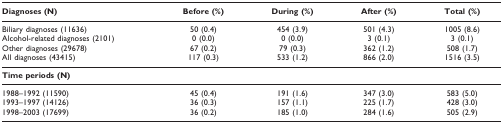
<table><thead><tr><td><b>Diagnoses (N)</b></td><td><b>Before (%)</b></td><td><b>During (%)</b></td><td><b>After (%)</b></td><td><b>Total (%)</b></td></tr></thead><tbody><tr><td>Biliary diagnoses (11636)</td><td>50 (0.4)</td><td>454 (3.9)</td><td>501 (4.3)</td><td>1005 (8.6)</td></tr><tr><td>Alcohol-related diagnoses (2101)</td><td>0 (0.0)</td><td>0 (0.0)</td><td>3 (0.1)</td><td>3 (0.1)</td></tr><tr><td>Other diagnoses (29678)</td><td>67 (0.2)</td><td>79 (0.3)</td><td>362 (1.2)</td><td>508 (1.7)</td></tr><tr><td>All diagnoses (43415)</td><td>117 (0.3)</td><td>533 (1.2)</td><td>866 (2.0)</td><td>1516 (3.5)</td></tr><tr><td><b>Time periods (N)</b></td><td></td><td></td><td></td><td></td></tr><tr><td>1988–1992 (11590)</td><td>45 (0.4)</td><td>191 (1.6)</td><td>347 (3.0)</td><td>583 (5.0)</td></tr><tr><td>1993–1997 (14126)</td><td>36 (0.3)</td><td>157 (1.1)</td><td>225 (1.7)</td><td>428 (3.0)</td></tr><tr><td>1998–2003 (17699)</td><td>36 (0.2)</td><td>185 (1.0)</td><td>284 (1.6)</td><td>505 (2.9)</td></tr></tbody></table>